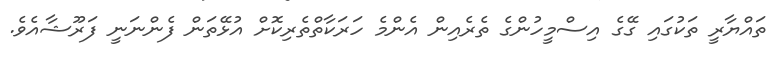
ތައްޔާރީ ތަކުގައި ގޭގެ އިސްމީހުންގެ ތެރެއިން އެންމެ ހަރަކާތްތެރިކޮށް އުޅޭތަން ފެންނަނީ ފަރޫޝާއެވެ.